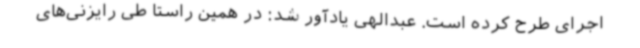
اجرای طرح کرده است. عبدالهی یادآور شد: در همین راستا طی رایزنی‌های